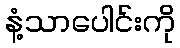
နံ့သာပေါင်းကို